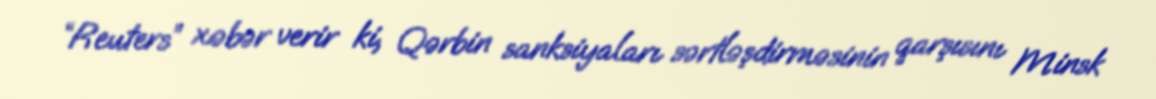
“Reuters” xəbər verir ki, Qərbin sanksiyaları sərtləşdirməsinin qarşısını Minsk